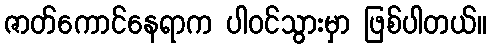
ဇာတ်ကောင်နေရာက ပါဝင်သွားမှာ ဖြစ်ပါတယ်။